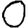
Digit: 0